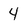
Character: 4